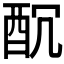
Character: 𨠁